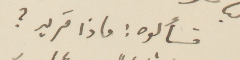
فسألوه: ماذا تريد؟